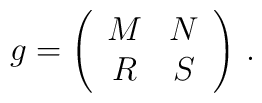
g=\left(\begin{array}{cc}M&N\\R&S\end{array}\right) \, .